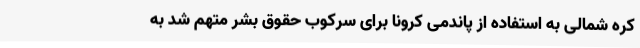
کره شمالی به استفاده از پاندمی کرونا برای سرکوب حقوق بشر متهم شد به